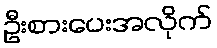
ဦးစားပေးအလိုက်